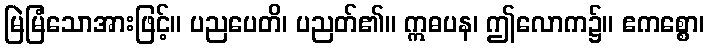
မြဲမြံသောအားဖြင့်။ ပညပေတိ၊ ပညတ်၏။ ဣဓပန၊ ဤလောက၌။ ဧကစ္စော၊